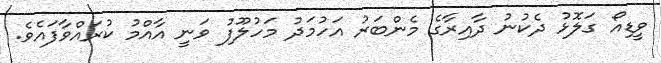
ވީޑިއޯ ގަލޮޅު ދެކުނު ދާއިރާގެ މެންބަރު އަހުމަދު މަހުލޫފު ވަނީ އާއްމު ކުރައްވާފައެވެ.